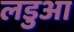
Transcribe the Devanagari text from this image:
लडुआ